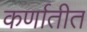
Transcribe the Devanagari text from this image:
कर्णातीत